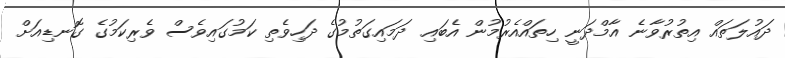
ދައުލަތައް އިތުރުވާނެ އާމްދަނީ ހިތައްއެރުމުން އެބައި ދަމައިގަތުމުގެ ދަހިވެތި ކަމުގައިވެސް ވެރިކަމުގެ ގޮނޑިއަށް